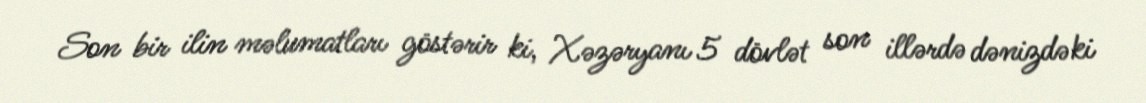
Son bir ilin məlumatları göstərir ki, Xəzəryanı 5 dövlət son illərdə dənizdəki